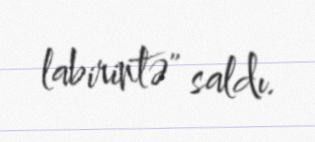
labirintə" saldı.